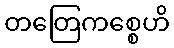
တတြေကစ္စေဟိ